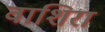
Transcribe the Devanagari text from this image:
वाशिरा